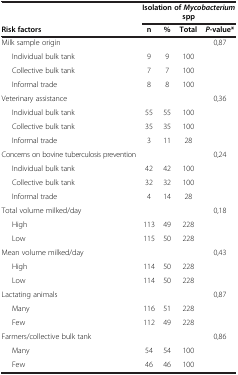
<table><thead><tr><td><b> </b></td><td colspan="4"><b>Isolation of <i>Mycobacterium </i>spp</b></td></tr><tr><td><b>Risk factors</b></td><td><b>n</b></td><td><b>%</b></td><td><b>Total</b></td><td><b><i>P</i>-value*</b></td></tr></thead><tbody><tr><td>Milk sample origin</td><td> </td><td> </td><td> </td><td>0,87</td></tr><tr><td>Individual bulk tank</td><td>9</td><td>9</td><td>100</td><td> </td></tr><tr><td>Collective bulk tank</td><td>7</td><td>7</td><td>100</td><td> </td></tr><tr><td>Informal trade</td><td>8</td><td>8</td><td>100</td><td> </td></tr><tr><td>Veterinary assistance</td><td> </td><td> </td><td> </td><td>0,36</td></tr><tr><td>Individual bulk tank</td><td>55</td><td>55</td><td>100</td><td> </td></tr><tr><td>Collective bulk tank</td><td>35</td><td>35</td><td>100</td><td> </td></tr><tr><td>Informal trade</td><td>3</td><td>11</td><td>28</td><td> </td></tr><tr><td>Concerns on bovine tuberculosis prevention</td><td> </td><td> </td><td> </td><td>0,24</td></tr><tr><td>Individual bulk tank</td><td>42</td><td>42</td><td>100</td><td> </td></tr><tr><td>Collective bulk tank</td><td>32</td><td>32</td><td>100</td><td> </td></tr><tr><td>Informal trade</td><td>4</td><td>14</td><td>28</td><td> </td></tr><tr><td>Total volume milked/day</td><td> </td><td> </td><td> </td><td>0,18</td></tr><tr><td>High</td><td>113</td><td>49</td><td>228</td><td> </td></tr><tr><td>Low</td><td>115</td><td>50</td><td>228</td><td> </td></tr><tr><td>Mean volume milked/day</td><td> </td><td> </td><td> </td><td>0,43</td></tr><tr><td>High</td><td>114</td><td>50</td><td>228</td><td> </td></tr><tr><td>Low</td><td>114</td><td>50</td><td>228</td><td> </td></tr><tr><td>Lactating animals</td><td> </td><td> </td><td> </td><td>0,87</td></tr><tr><td>Many</td><td>116</td><td>51</td><td>228</td><td> </td></tr><tr><td>Few</td><td>112</td><td>49</td><td>228</td><td> </td></tr><tr><td>Farmers/collective bulk tank</td><td> </td><td> </td><td> </td><td>0,86</td></tr><tr><td>Many</td><td>54</td><td>54</td><td>100</td><td> </td></tr><tr><td>Few</td><td>46</td><td>46</td><td>100</td><td> </td></tr></tbody></table>